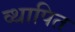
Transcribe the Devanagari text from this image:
व्थापित